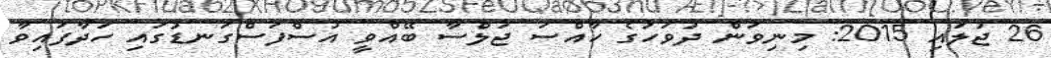
26 ޖުލައި 2015: މިނިވަން ދުވަހުގެ ހާއްސަ ޖަލްސާ ބޭއްވީ އުސްފަސްގަނޑުގައި ހަދާފައިވާ